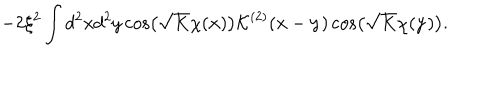
- 2 \xi ^ { 2 } \int d ^ { 2 } x d ^ { 2 } y \cos \left( \sqrt { K } \chi ( { \bf x } ) \right) { \mathcal K } ^ { ( 2 ) } ( { \bf x } - { \bf y } ) \cos \left( \sqrt { K } \chi ( { \bf y } ) \right) .